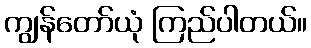
ကျွန်တော်ယုံ ကြည်ပါတယ်။